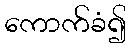
ကောက်ခံ၍